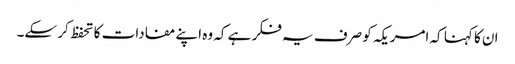
ان کا کہنا کہ امریکہ کو صرف یہ فکر ہے کہ وہ اپنے مفادات کا تحفظ کر سکے۔